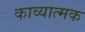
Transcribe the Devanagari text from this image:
काव्‍यात्‍मक